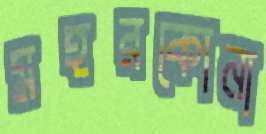
মহরকোনা